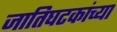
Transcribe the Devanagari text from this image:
जातिघटकांच्या